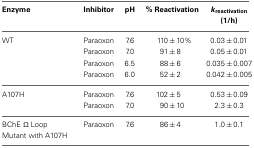
| Enzyme | Inhibitor | pH | % Reactivation | kreactivation (1/h) |
 | --- | --- | --- | --- | --- |
 | WT | Paraoxon | 7.6 | 110 ± 10% | 0.03 ± 0.01 |
 |  | Paraoxon | 7.0 | 91 ± 8 | 0.05 ± 0.01 |
 |  | Paraoxon | 6.5 | 88 ± 6 | 0.035 ± 0.007 |
 |  | Paraoxon | 6.0 | 52 ± 2 | 0.042 ± 0.005 |
 | A107H | Paraoxon | 7.6 | 102 ± 5 | 0.53 ± 0.09 |
 |  | Paraoxon | 7.0 | 90 ± 10 | 2.3 ± 0.3 |
 | BChE Ω Loop Mutant with A107H | Paraoxon | 7.6 | 86 ± 4 | 1.0 ± 0.1 |